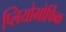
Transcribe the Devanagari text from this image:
प्लियोमोर्फिक